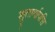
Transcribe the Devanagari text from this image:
श्रुतार्थापत्ति